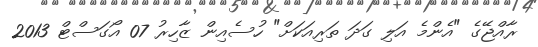
ރާއްޖޭގެ "އެންމެ އަލި ގަދަ ތަރިއަކަށް" ހުސެއިން ޒާހިރު 07 އޯގަސްޓް 2013